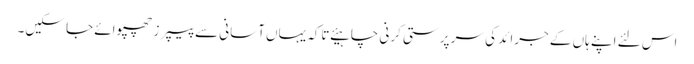
اس لئے اپنے ہاں کے جرائد کی سر پرستی کرنی چاہیئے تاکہ یہاں آسانی سے پیپرز چھپوائے جا سکیں۔